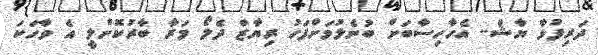
ދަރިފުޅާ ޔާޝް.. އެހާހިސާބަށް ބުނެލުމަށްފަހު ރިޔާޒް ދެލޯ މަރާ ބާރުކޮށްލީ އެ ވާހަކަ